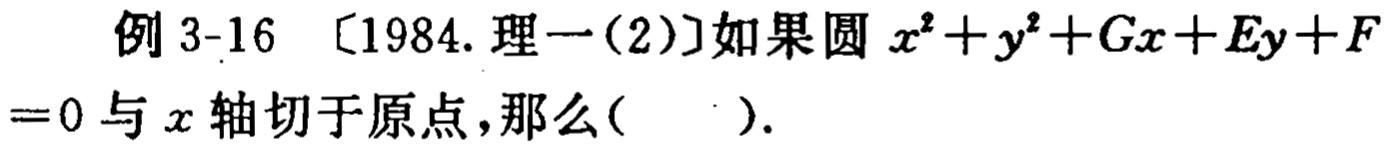
例 3-16 [1984. 理一(2)]如果圆 \(x^{2}+y^{2}+Gx + Ey+F = 0\) 与 \(x\) 轴切于原点，那么( ).